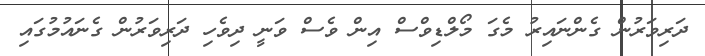
ދަރިވަރުން ގެންނައިރު މެގަ މޯލްޑިވްސް އިން ވެސް ވަނީ ދިވެހި ދަރިވަރުން ގެނައުމުގައި